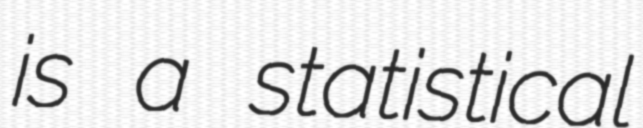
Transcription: is a statistical